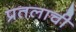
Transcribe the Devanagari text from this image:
प्रतलाची